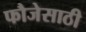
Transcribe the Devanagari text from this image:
फौजेसाठी